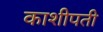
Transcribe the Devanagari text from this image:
काशीपती